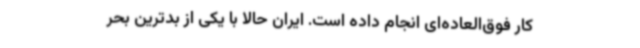
کار فوق‌العاده‌ای انجام داده است. ایران حالا با یکی از بدترین بحر